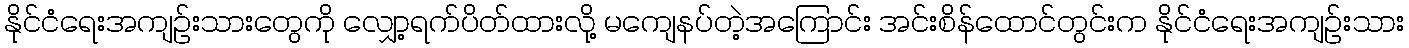
နိုင်ငံရေးအကျဉ်းသားတွေကို လျှော့ရက်ပိတ်ထားလို့ မကျေနပ်တဲ့အကြောင်း အင်းစိန်ထောင်တွင်းက နိုင်ငံရေးအကျဉ်းသား